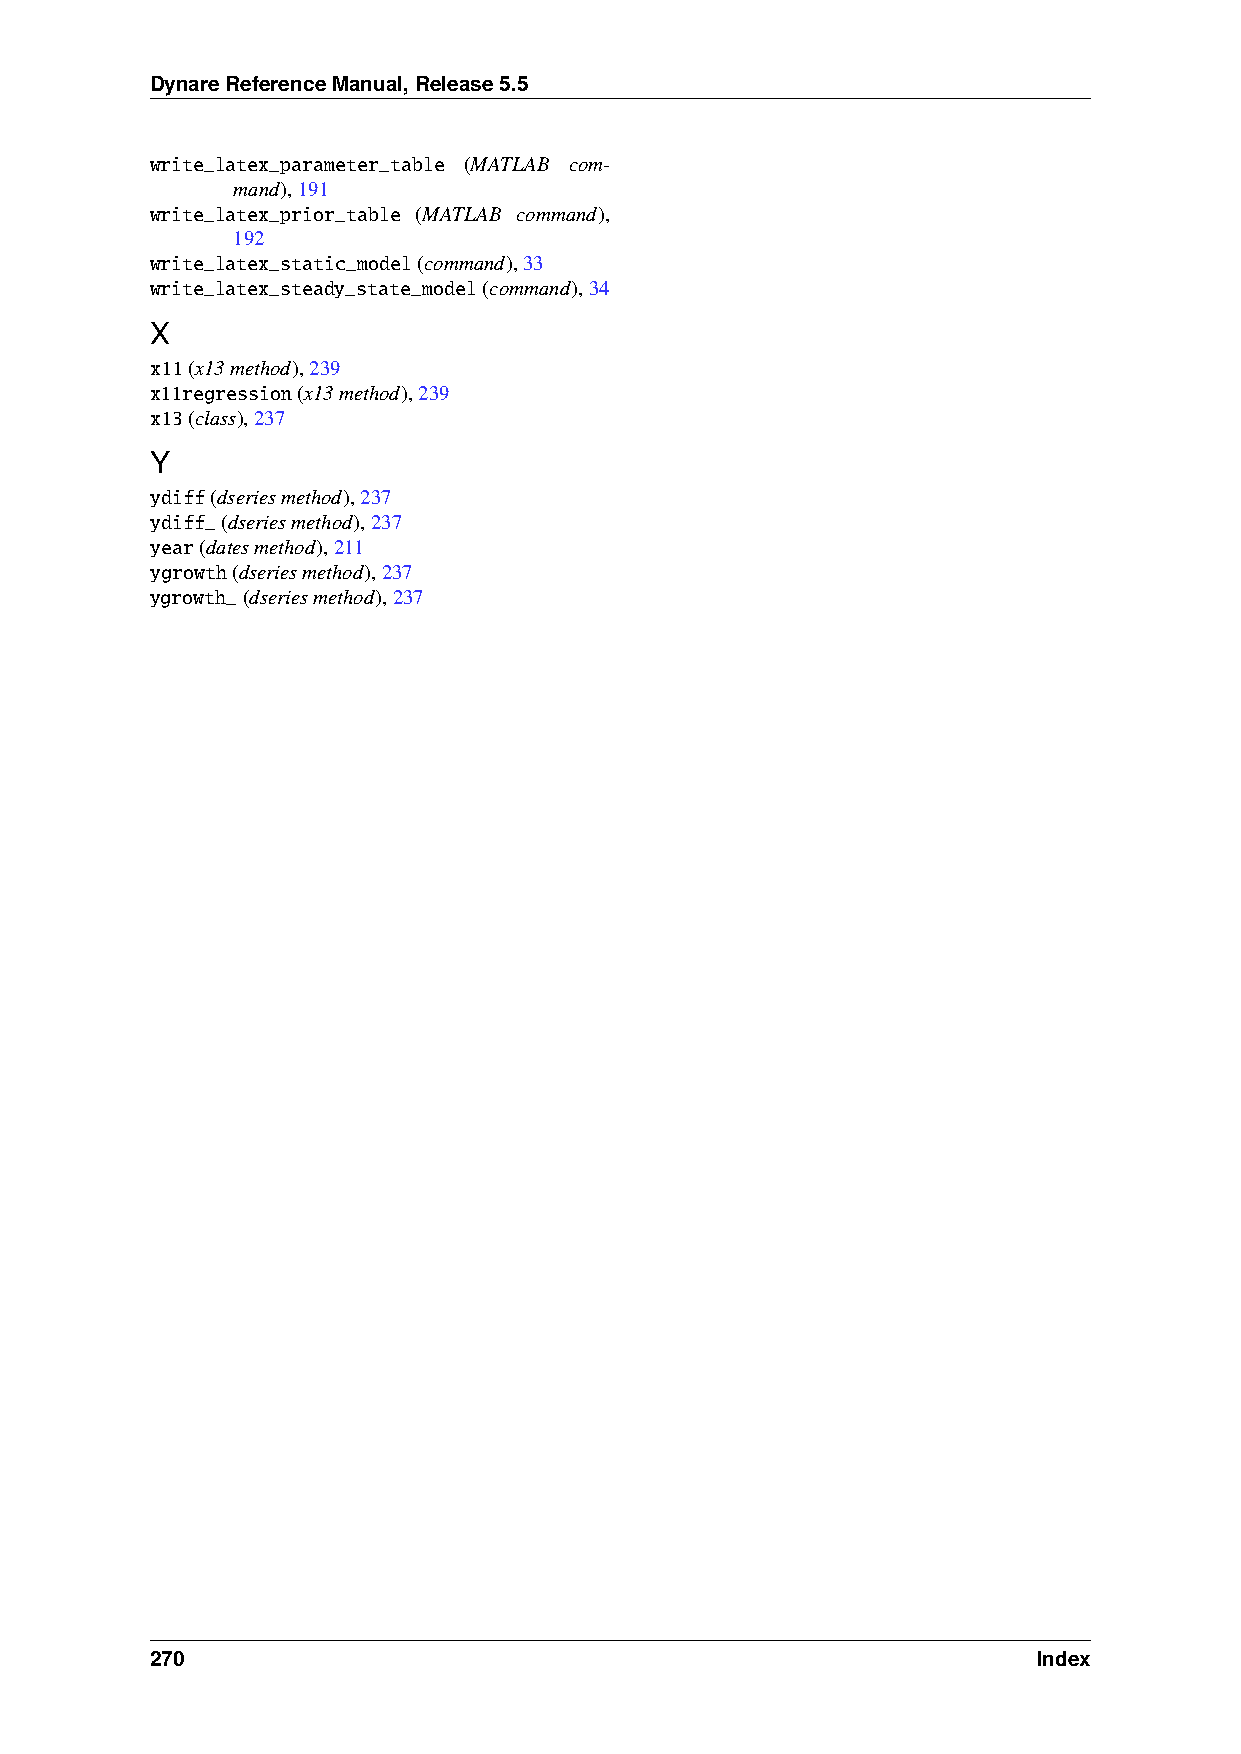
DynareReferenceManual,Release5.5
 write_latex_parameter_table (MATLAB com-
 mand),191
 write_latex_prior_table (MATLAB command),
 192
 write_latex_static_model(command),33
 write_latex_steady_state_model(command),34
 X
 x11(x13method),239
 x11regression(x13method),239
 x13(class),237
 Y
 ydiff(dseriesmethod),237
 ydiff_(dseriesmethod),237
 year(datesmethod),211
 ygrowth(dseriesmethod),237
 ygrowth_(dseriesmethod),237
 270                                                        Index